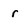
Character: r